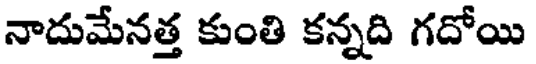
నాదుమేనత్త కుంతి కన్నది గదోయి